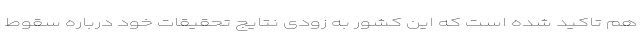
هم تاکید شده است که این کشور به زودی نتایج تحقیقات خود درباره سقوط